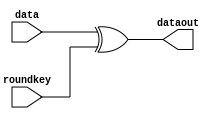
`timescale 1ns / 1ps
//////////////////////////////////////////////////////////////////////////////////
// Company: 
// Engineer: 
// 
// Design Name: 
// Module Name: Addroundkey
// Project Name: 
// Target Devices: 
// Tool Versions: 
// Description: 
// 
// Dependencies: 
// 
// Revision:
// Revision 0.01 - File Created
// Additional Comments:
// 
//////////////////////////////////////////////////////////////////////////////////


module Addroundkey(input [127:0] data,input [127:0] roundkey,
output [127:0] dataout);
assign dataout=data^roundkey;
endmodule